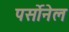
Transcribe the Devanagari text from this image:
पर्सोनेल